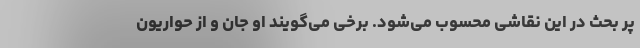
پر بحث در این نقاشی محسوب می‌شود. برخی می‌گویند او جان و از حواریون